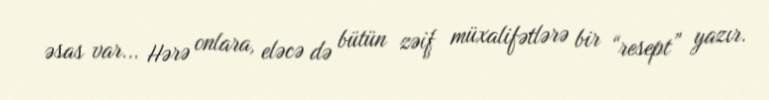
əsas var... Hərə onlara, eləcə də bütün zəif müxalifətlərə bir “resept” yazır.